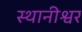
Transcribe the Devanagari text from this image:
स्थानीश्वर